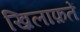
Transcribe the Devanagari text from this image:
ख़िलाफ़तें